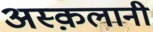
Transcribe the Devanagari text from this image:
अस्क़लानी